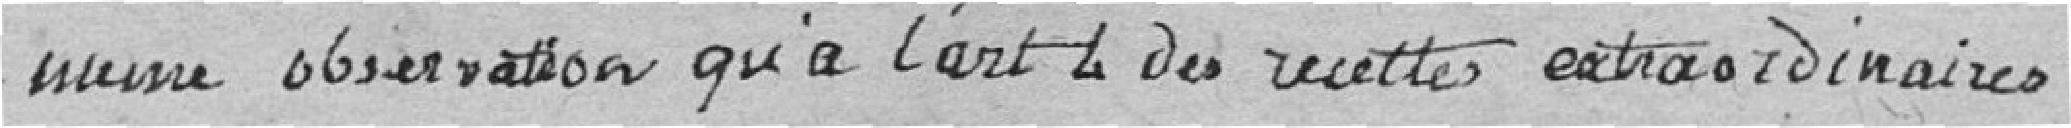
Même observation qu'à l'article 4 des recettes extraordinaires